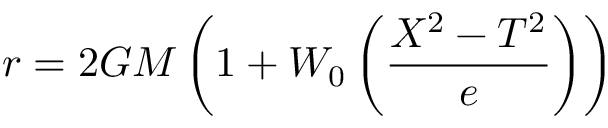
r = 2 G M \left( 1 + W _ { 0 } \left( { \frac { X ^ { 2 } - T ^ { 2 } } { e } } \right) \right)